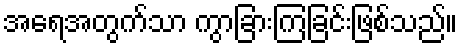
အရေအတွက်သာ ကွာခြားကြခြင်းဖြစ်သည်။